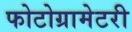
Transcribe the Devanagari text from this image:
फोटोग्रामेटरी